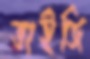
ভাইজি